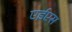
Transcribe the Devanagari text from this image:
एईएस